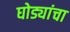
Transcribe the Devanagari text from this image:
घोड्यांचा